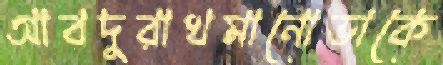
আবদুরাখমানোভাকে